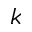
k